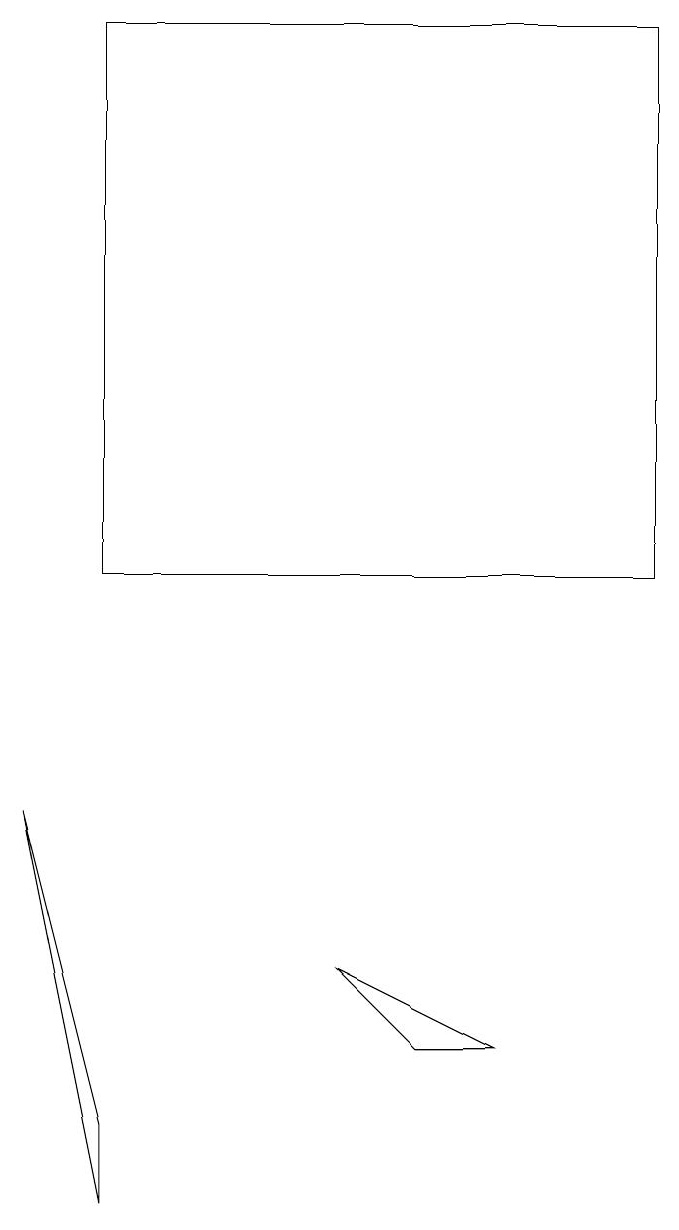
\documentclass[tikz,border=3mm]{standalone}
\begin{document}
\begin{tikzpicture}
\draw (0,7) -- (1,3) -- (1,2) -- cycle;
\draw (6,4) -- (4,5) -- (5,4) -- cycle;
\draw (1,10) rectangle (8,17);
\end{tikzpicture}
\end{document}